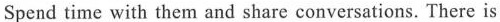
Spend time with them and share conversations. There is